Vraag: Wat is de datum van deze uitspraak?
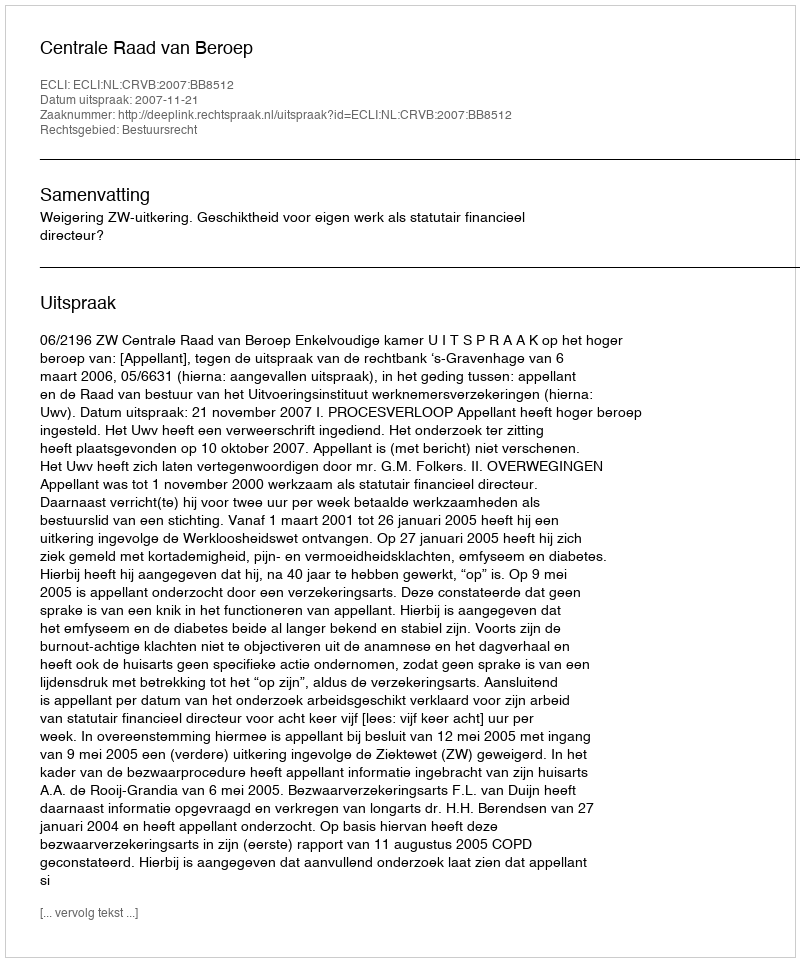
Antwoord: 2007-11-21